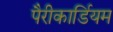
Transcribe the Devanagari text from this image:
पैरीकार्डियम